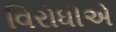
વિરોધીએ